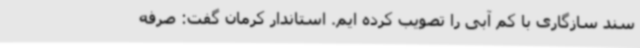
سند سازگاری با کم آبی را تصویب کرده ایم. استاندار کرمان گفت: صرفه